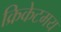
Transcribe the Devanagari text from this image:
क्रिकेटमय